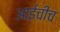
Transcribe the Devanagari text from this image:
आईचीच